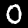
Digit: 0